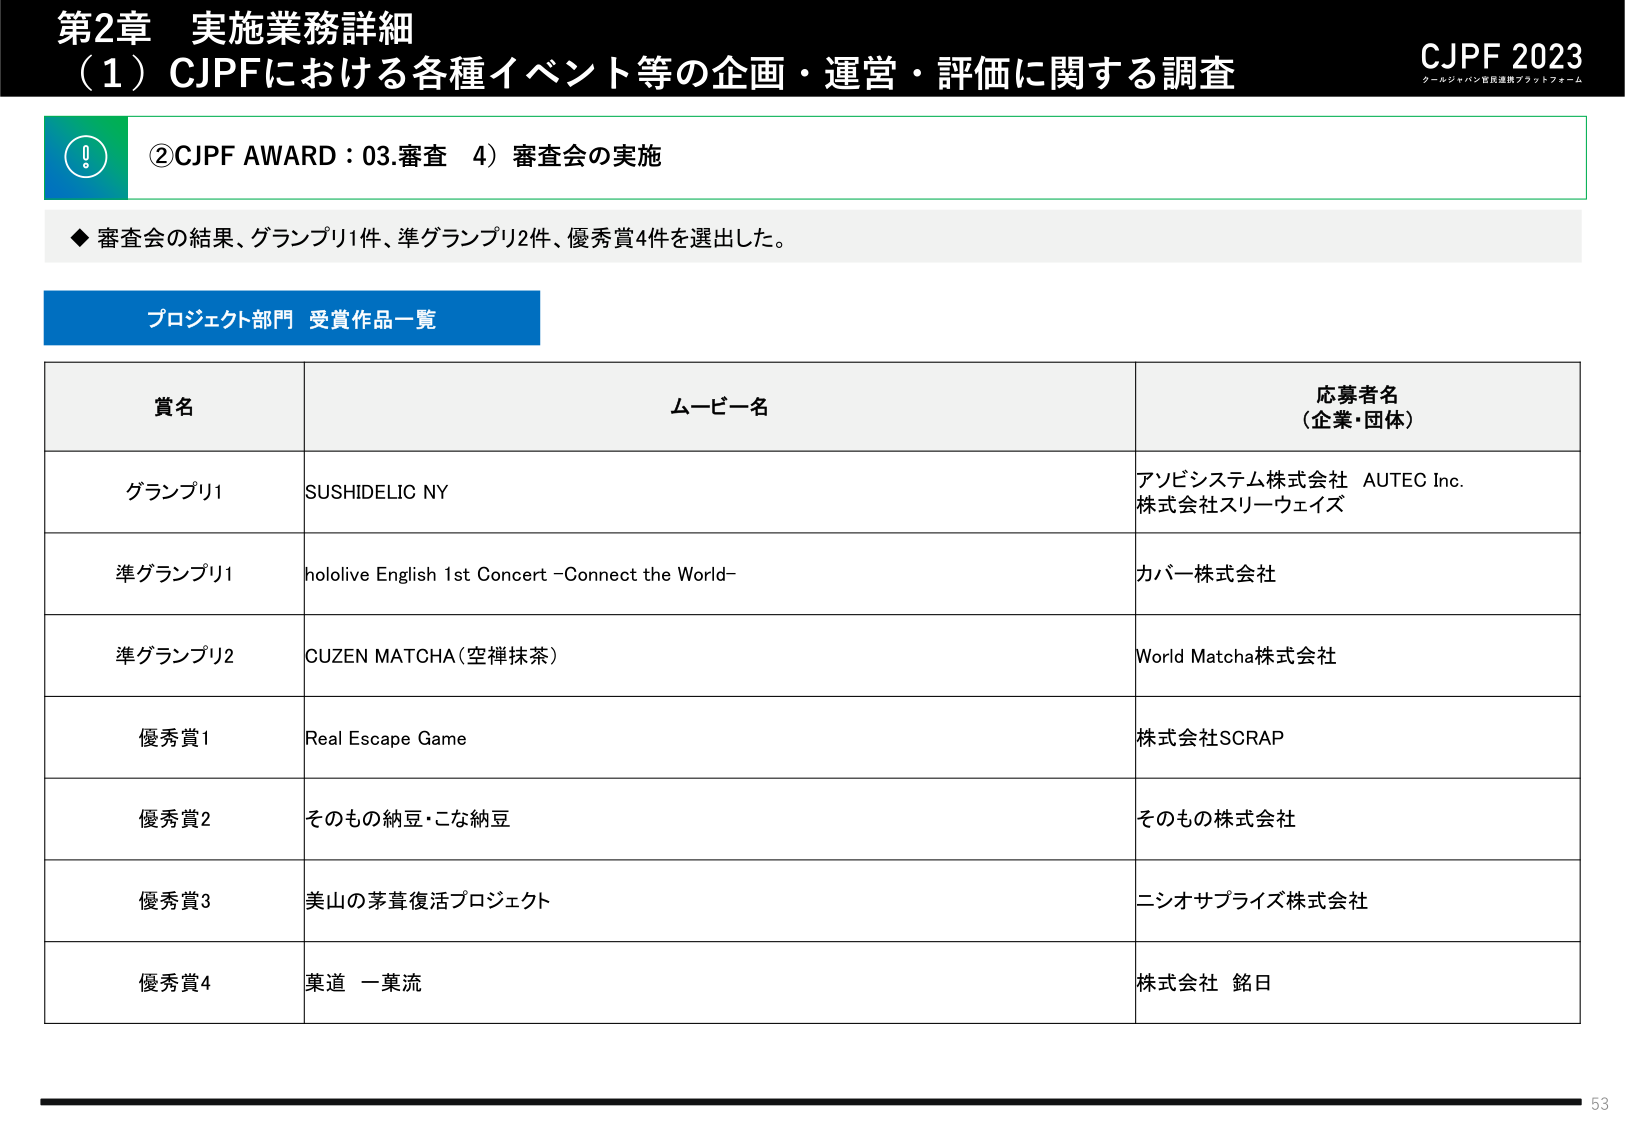
第2章 実施業務詳細
（1）CJPFにおける各種イベント等の企画・運営・評価に関する調査
CJPF 2023
クールジャパン官民連携プラットフォーム

②CJPF AWARD：03.審査 4）審査会の実施

◆ 審査会の結果、グランプリ1件、準グランプリ2件、優秀賞4件を選出した。

プロジェクト部門 受賞作品一覧

賞名 ムービー名 応募者名（企業・団体）
グランプリ1 SUSHIDELIC NY アソビシステム株式会社 AUTEC Inc. 株式会社スリーウェイズ
準グランプリ1 hololive English 1st Concert -Connect the World- カバー株式会社
準グランプリ2 CUZEN MATCHA（空禅抹茶） World Matcha株式会社
優秀賞1 Real Escape Game 株式会社SCRAP
優秀賞2 そのもの納豆・こな納豆 そのもの株式会社
優秀賞3 美山の茅葺復活プロジェクト ニシオサプライズ株式会社
優秀賞4 菓道 一菓流 株式会社 銘日

53